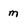
Character: m